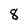
Character: 8